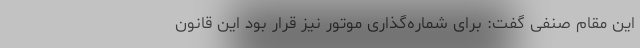
این مقام صنفی گفت: برای شماره‌گذاری موتور نیز قرار بود این قانون